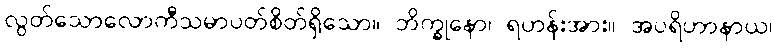
လွတ်သောလောကီသမာပတ်စိတ်ရှိသော။ ဘိက္ခုနော၊ ရဟန်းအား။ အပရိဟာနာယ၊